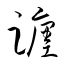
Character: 躔